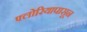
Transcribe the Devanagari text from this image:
फ्लोरियापासून